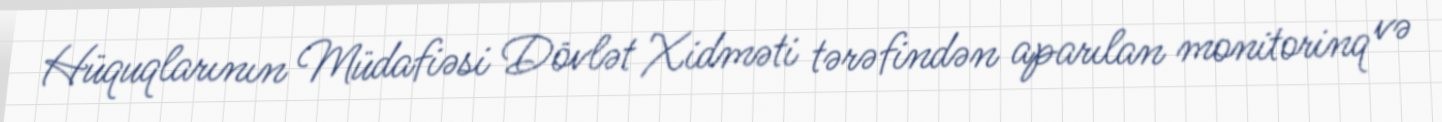
Hüquqlarının Müdafiəsi Dövlət Xidməti tərəfindən aparılan monitorinq və